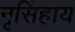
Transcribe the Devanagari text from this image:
नृसिंहाय